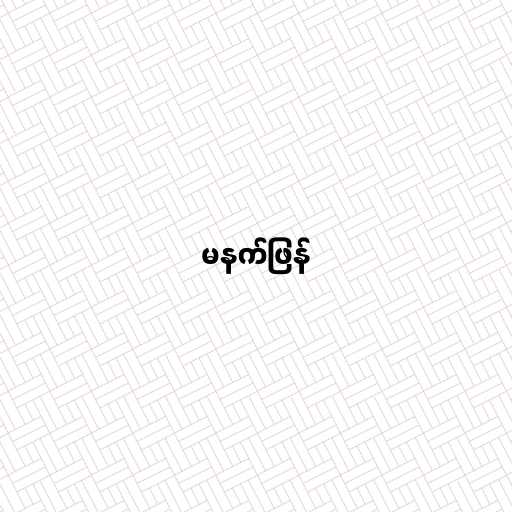
မနက်ဖြန်